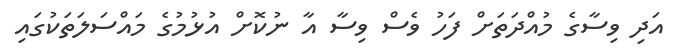
އަދި ވިސާގެ މުއްދަތަށް ފަހު ވެސް ވިސާ އާ ނުކޮށް އުޅުމުގެ މައްސަލަތަކުގައި